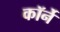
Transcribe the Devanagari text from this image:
कॉर्ने